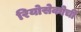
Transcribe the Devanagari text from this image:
रियोसेकोची